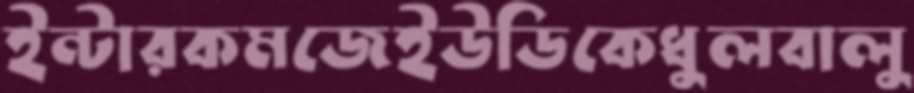
ইন্টারকমজেইউডিকেধুলবালু